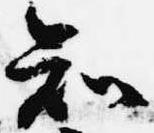
知